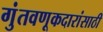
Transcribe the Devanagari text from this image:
गुंतवणूकदारांसाठी